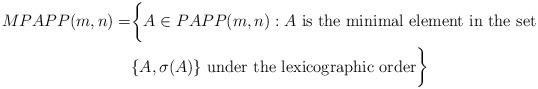
LaTeX: \begin{align*}MPAPP(m,n) = &\biggl\{ A \in PAPP(m,n) : A \mbox{ is the minimal element in the set } \\ &\{ A, \sigma(A) \} \mbox{ under the lexicographic order}\biggr\}\end{align*}